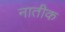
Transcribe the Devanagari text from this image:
नातीक